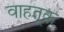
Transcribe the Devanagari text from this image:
वाहतू़क